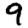
Digit: 9